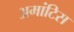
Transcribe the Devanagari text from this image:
अमांटिस